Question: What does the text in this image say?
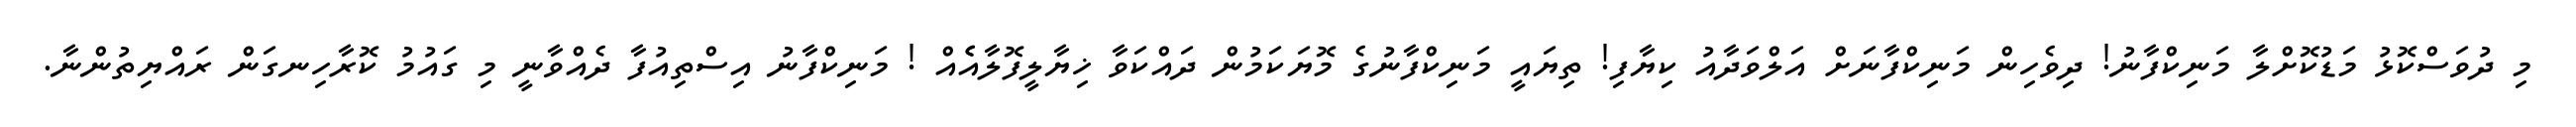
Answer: މި ދުވަސްކޮޅު މަޑުކޮށްލާ މަނިކްފާނު! ދިވެހިން މަނިކްފާނަށް އަލްވަދާއު ކިޔާފި! ތިޔައީ މަނިކްފާނުގެ މޮޔަކަމުން ދައްކަވާ ޚިޔާލީފޮލާއެެއް ! މަނިކްފާނު އިސްތިއުފާ ދެއްވާނީ މި ގައުމު ކޮރާހިނގަން ރައްޔިތުންނާ.